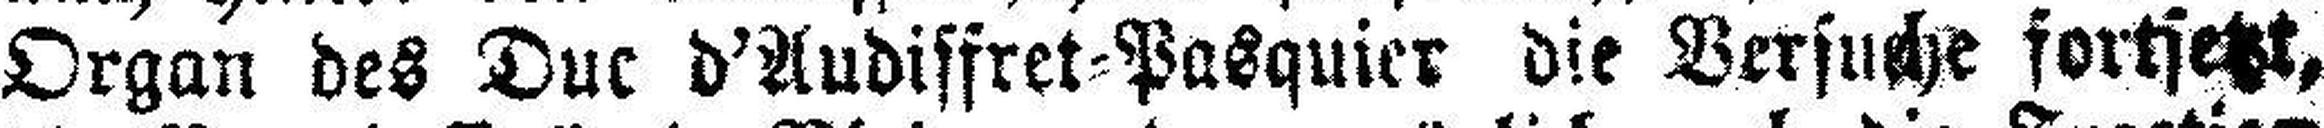
Organ des Duc d'Audiffret=Pasquier die Versuche fortsetzt,